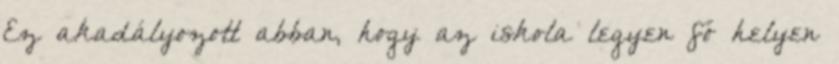
Ez akadályozott abban, hogy az iskola legyen fő helyen